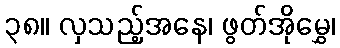
၃၈။ လှသည့်အနေ၊ ဖွတ်အိုမွှေ၊